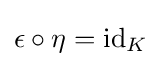
\epsilon \circ \eta =\mathrm {id} _{K}